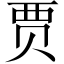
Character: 贾